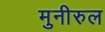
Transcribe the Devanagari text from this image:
मुनीरुल